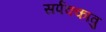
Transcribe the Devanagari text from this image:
सर्पक्कावु